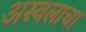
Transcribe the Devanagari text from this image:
अस्वलाचा